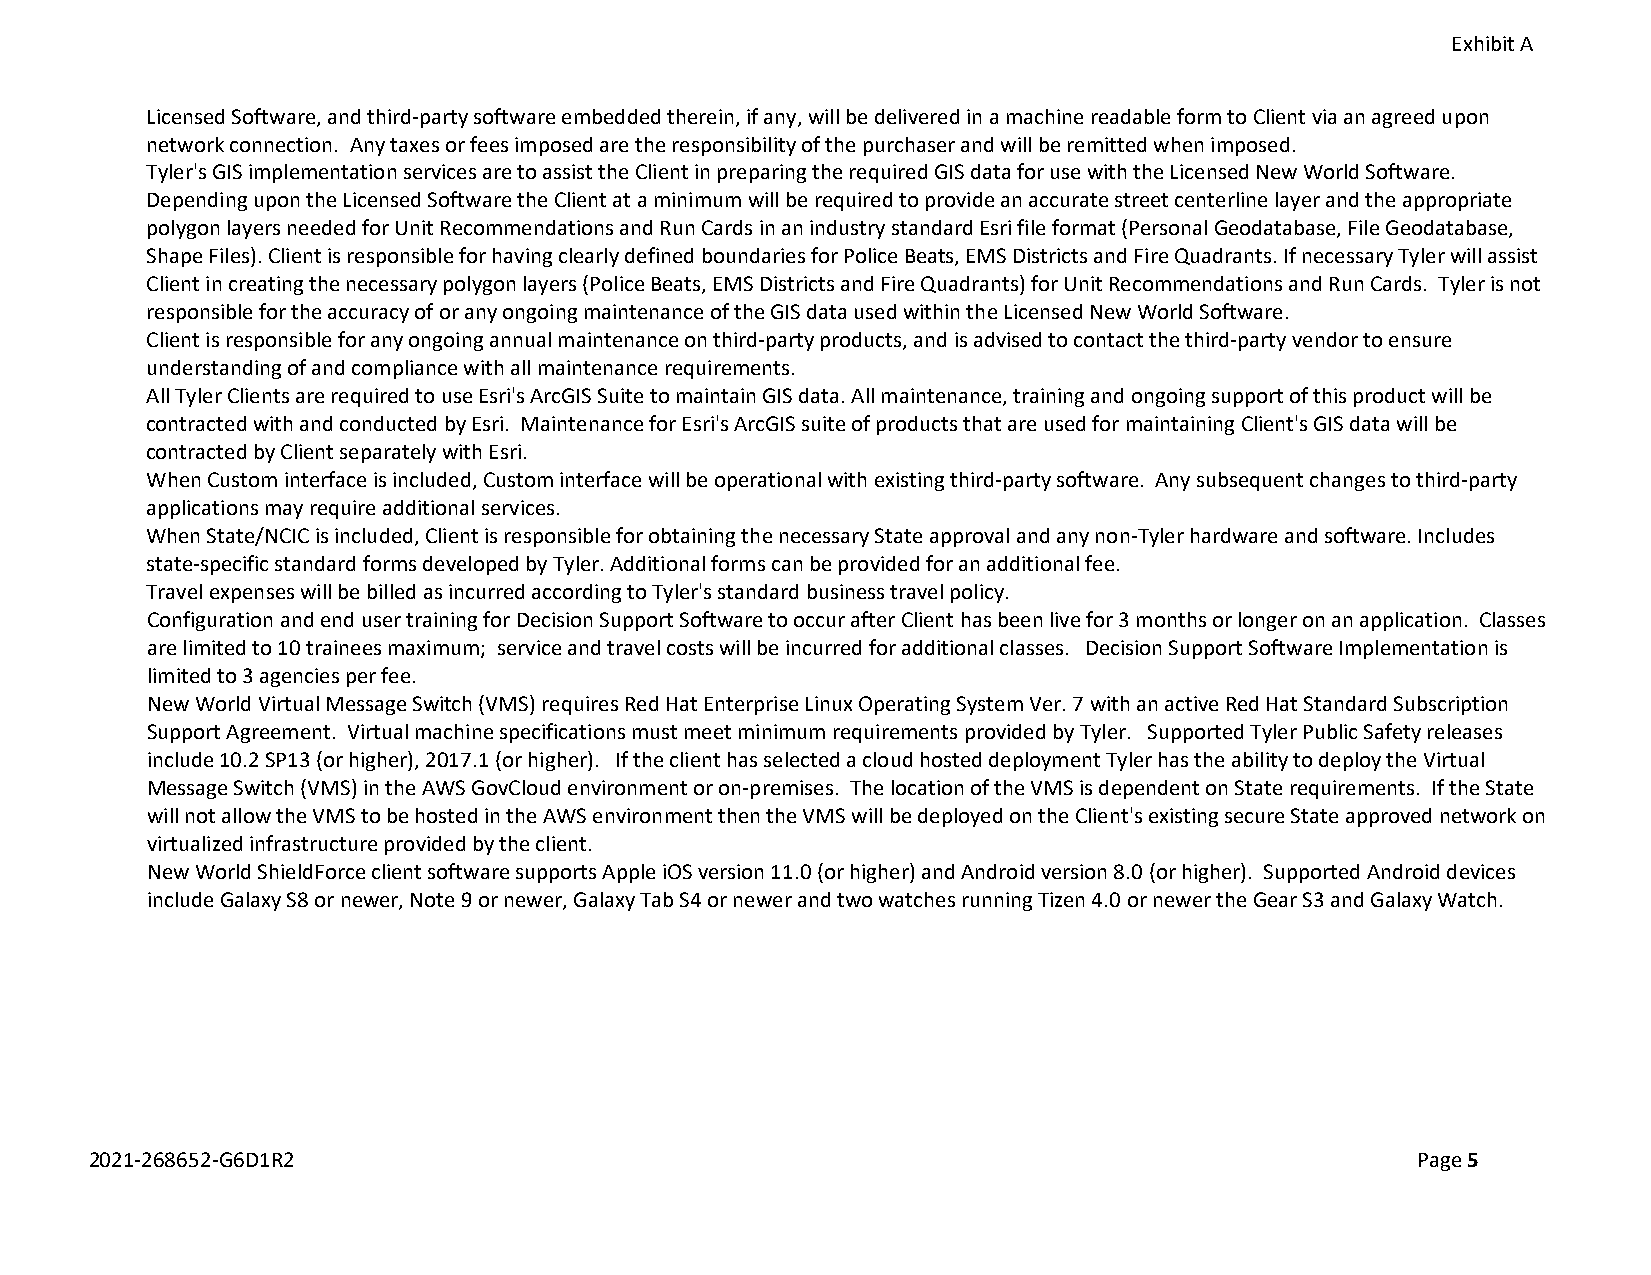
Exhibit A
 Licensed Software, and third-party software embedded therein, if any, will be delivered in a machine readable form to Client via an agreed upon
 network connection. Any taxes or fees imposed are the responsibility of the purchaser and will be remitted when imposed.
 Tyler's GIS implementation services are to assist the Client in preparing the required GIS data for use with the Licensed New World Software.
 Depending upon the Licensed Software the Client at a minimum will be required to provide an accurate street centerline layer and the appropriate
 polygon layers needed for Unit Recommendations and Run Cards in an industry standard Esri file format (Personal Geodatabase, File Geodatabase,
 Shape Files). Client is responsible for having clearly defined boundaries for Police Beats, EMS Districts and Fire Quadrants. If necessary Tyler will assist
 Client in creating the necessary polygon layers (Police Beats, EMS Districts and Fire Quadrants) for Unit Recommendations and Run Cards. Tyler is not
 responsible for the accuracy of or any ongoing maintenance of the GIS data used within the Licensed New World Software.
 Client is responsible for any ongoing annual maintenance on third-party products, and is advised to contact the third-party vendor to ensure
 understanding of and compliance with all maintenance requirements.
 All Tyler Clients are required to use Esri's ArcGIS Suite to maintain GIS data. All maintenance, training and ongoing support of this product will be
 contracted with and conducted by Esri. Maintenance for Esri's ArcGIS suite of products that are used for maintaining Client's GIS data will be
 contracted by Client separately with Esri.
 When Custom interface is included, Custom interface will be operational with existing third-party software. Any subsequent changes to third-party
 applications may require additional services.
 When State/NCIC is included, Client is responsible for obtaining the necessary State approval and any non-Tyler hardware and software. Includes
 state-specific standard forms developed by Tyler. Additional forms can be provided for an additional fee.
 Travel expenses will be billed as incurred according to Tyler's standard business travel policy.
 Configuration and end user training for Decision Support Software to occur after Client has been live for 3 months or longer on an application. Classes
 are limited to 10 trainees maximum; service and travel costs will be incurred for additional classes. Decision Support Software Implementation is
 limited to 3 agencies per fee.
 New World Virtual Message Switch (VMS) requires Red Hat Enterprise Linux Operating System Ver. 7 with an active Red Hat Standard Subscription
 Support Agreement. Virtual machine specifications must meet minimum requirements provided by Tyler. Supported Tyler Public Safety releases
 include 10.2 SP13 (or higher), 2017.1 (or higher). If the client has selected a cloud hosted deployment Tyler has the ability to deploy the Virtual
 Message Switch (VMS) in the AWS GovCloud environment or on-premises. The location of the VMS is dependent on State requirements. If the State
 will not allow the VMS to be hosted in the AWS environment then the VMS will be deployed on the Client's existing secure State approved network on
 virtualized infrastructure provided by the client.
 New World ShieldForce client software supports Apple iOS version 11.0 (or higher) and Android version 8.0 (or higher). Supported Android devices
 include Galaxy S8 or newer, Note 9 or newer, Galaxy Tab S4 or newer and two watches running Tizen 4.0 or newer the Gear S3 and Galaxy Watch.
 2021-268652-G6D1R2                                                                      Page 5